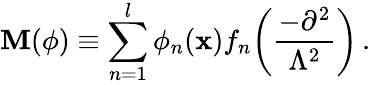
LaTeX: \mathbf{M}(\phi)\equiv\sum_{n=1}^{l}\phi_{n}(\mathbf{x})f_{n}\biggl(\frac{{-\partial^{2}}}{{\Lambda^{2}}}\biggr)\, .